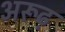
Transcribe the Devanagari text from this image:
अरूढ़